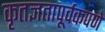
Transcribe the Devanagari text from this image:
कृतज्ञतापूर्वकपणे